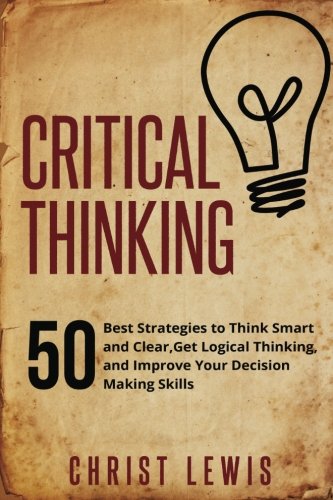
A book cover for Critical Thinking: 50 Best Strategies to Think Smart and Clear,  Get Logical Thinking, and Improve  Your Decision Making Skills; Christ Lewis; Self-Help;